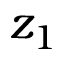
z _ { 1 }